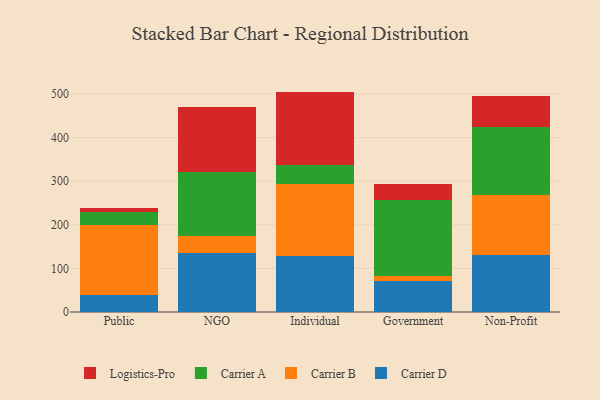
{"axis": {"x": "Segment", "y": "Production Output"}, "legend": ["Carrier A", "Carrier B", "Carrier D", "Logistics-Pro"], "data": [{"x": "Public", "y": 38.3, "type": "Carrier D"}, {"x": "Public", "y": 162.1, "type": "Carrier B"}, {"x": "Public", "y": 30.2, "type": "Carrier A"}, {"x": "Public", "y": 8.0, "type": "Logistics-Pro"}, {"x": "NGO", "y": 136.5, "type": "Carrier D"}, {"x": "NGO", "y": 38.4, "type": "Carrier B"}, {"x": "NGO", "y": 145.8, "type": "Carrier A"}, {"x": "NGO", "y": 150.7, "type": "Logistics-Pro"}, {"x": "Individual", "y": 127.9, "type": "Carrier D"}, {"x": "Individual", "y": 166.6, "type": "Carrier B"}, {"x": "Individual", "y": 43.6, "type": "Carrier A"}, {"x": "Individual", "y": 167.7, "type": "Logistics-Pro"}, {"x": "Government", "y": 71.2, "type": "Carrier D"}, {"x": "Government", "y": 11.3, "type": "Carrier B"}, {"x": "Government", "y": 173.9, "type": "Carrier A"}, {"x": "Government", "y": 37.9, "type": "Logistics-Pro"}, {"x": "Non-Profit", "y": 129.7, "type": "Carrier D"}, {"x": "Non-Profit", "y": 138.1, "type": "Carrier B"}, {"x": "Non-Profit", "y": 156.4, "type": "Carrier A"}, {"x": "Non-Profit", "y": 70.8, "type": "Logistics-Pro"}]}